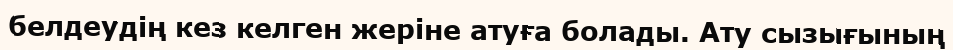
белдеудің кез келген жеріне атуға болады. Ату сызығының